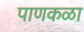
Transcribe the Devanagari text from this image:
पाणकळा